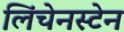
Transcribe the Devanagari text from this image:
लिंचेनस्टेन